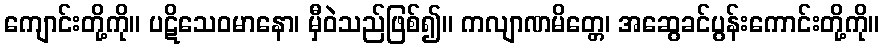
ကျောင်းတို့ကို။ ပဋိသေဝမာနော၊ မှီဝဲသည်ဖြစ်၍။ ကလျာဏမိတ္တေ၊ အဆွေခင်ပွန်းကောင်းတို့ကို။